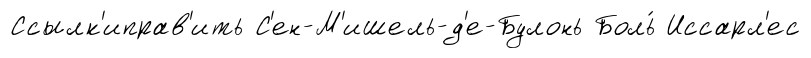
Ссылк'иправ'ить С'ен-М'ишель-д'е-Булонь Боль́ Иссарл'ес